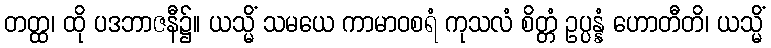
တတ္ထ၊ ထို ပဒဘာဇနီ၌။ ယသ္မိံ သမယေ ကာမာဝစရံ ကုသလံ စိတ္တံ ဥပ္ပန္နံ ဟောတီတိ၊ ယသ္မိံ